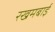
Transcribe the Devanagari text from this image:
रखमबाई